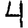
Digit: 4